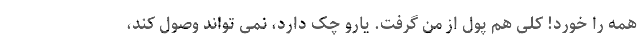
همه را خورد! کلی هم پول از من گرفت. یارو چک دارد، نمی تواند وصول کند،